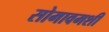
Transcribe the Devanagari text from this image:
सोमावमशी